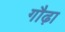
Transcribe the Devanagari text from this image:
गौढ़ा